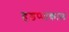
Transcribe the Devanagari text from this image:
हड़प्पाकाल